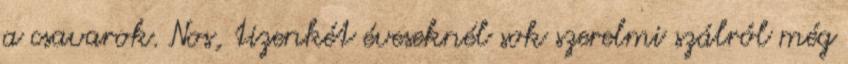
a csavarok. Nos, tizenkét éveseknél sok szerelmi szálról még